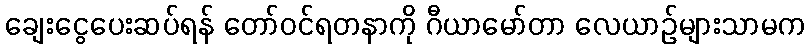
ချေးငွေပေးဆပ်ရန် တော်ဝင်ရတနာကို ဂီယာမော်တာ လေယာဉ်များသာမက